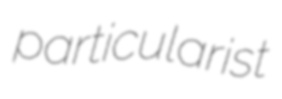
particularist